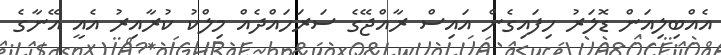
އެއްބިލިއަން ޑޮލަރު ހިފައިގެން އައިސް ރާއްޖޭގެ ސަރަހައްދެއް މިލްކު ކުރާއިރު އެއީ އޭނާގެ